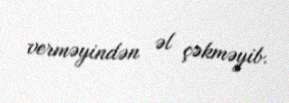
verməyindən əl çəkməyib.